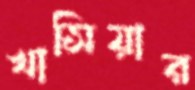
খাসিয়ার